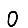
Digit: 0